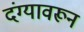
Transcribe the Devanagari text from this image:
दंग्यावरून